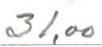
31,00